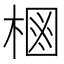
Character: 𱣶